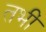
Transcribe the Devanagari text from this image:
तभीं